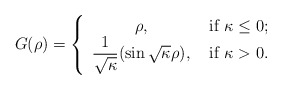
\begin{align*}G(\rho)=\left\{\begin{array}{cc}\rho,&\ \mbox{if} \ \kappa\leq0;\\\dfrac{1}{\sqrt{\kappa}}(\sin\sqrt{\kappa}\rho),&\ \mbox{if} \ \kappa>0.\\\end{array}\right.\end{align*}